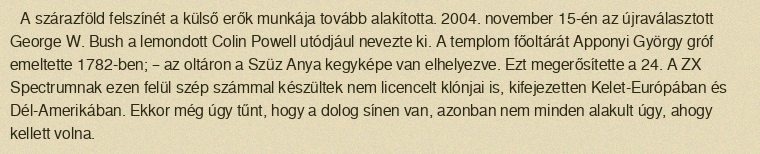
A szárazföld felszínét a külső erők munkája tovább alakította. 2004. november 15-én az újraválasztott George W. Bush a lemondott Colin Powell utódjául nevezte ki. A templom főoltárát Apponyi György gróf emeltette 1782-ben; – az oltáron a Szüz Anya kegyképe van elhelyezve. Ezt megerősítette a 24. A ZX Spectrumnak ezen felül szép számmal készültek nem licencelt klónjai is, kifejezetten Kelet-Európában és Dél-Amerikában. Ekkor még úgy tűnt, hogy a dolog sínen van, azonban nem minden alakult úgy, ahogy kellett volna.